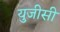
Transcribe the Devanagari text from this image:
यु़जीसी